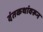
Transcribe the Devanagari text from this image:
दंतकथांवरून